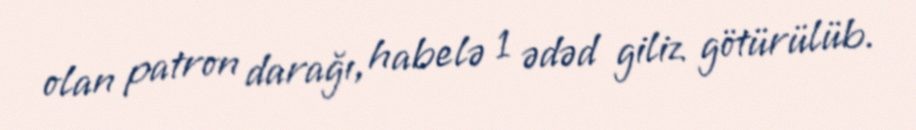
olan patron darağı, habelə 1 ədəd giliz götürülüb.